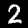
Label: 2